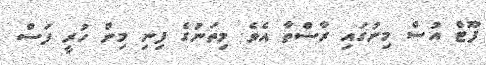
ފޫޓް އުސް މިނުގައި ރާސްތާ އެވެ. މިތަނުގެ ފިނި މިން ހުރީ ފަސް